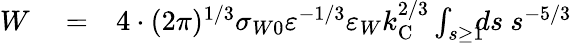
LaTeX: \begin{array}{rlr}{W}&{{}=}&{4\cdot(2\pi)^{1/3}\sigma_{W0}\varepsilon^{-1/3}\varepsilon_{W}k_{\mathrm{{C}}}^{2/3}\int_{s\ge 1}\! \! \! ds\ s^{-5/3}}\end{array}